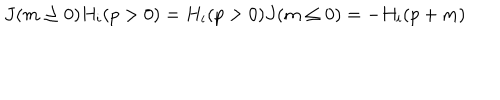
J ( m \ge 0 ) H _ { i } ( p > 0 ) = H _ { i } ( p > 0 ) J ( m \le 0 ) = - H _ { i } ( p + m )